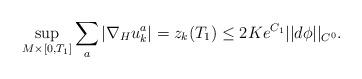
LaTeX: \begin{align*}\sup_{M \times [0, T_1]} \sum_a |\nabla_H u^a_k | = z_k (T_1) \leq 2 K e^{C_1} ||d \phi||_{C^0}. \end{align*}